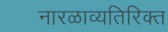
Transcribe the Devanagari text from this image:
नारळाव्यतिरिक्त